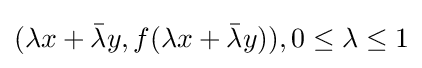
(\lambda x+{\bar {\lambda }}y,f(\lambda x+{\bar {\lambda }}y)),0\leq \lambda \leq 1